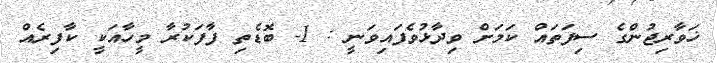
ޚަވާރިޖުންގެ ސިފަތައް ކަމަށް ވިދާޅުވެފައިވަނީ : 1- ބޮޑެތި ފާފަކުރާ މީހާއަކީ ކާފިރެއް